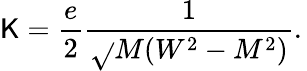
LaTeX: \mathsf{K}={\frac{{e}}{{2}}}{\frac{{1}}{{\sqrt{}{{M(W^{2}-M^{2})}}}}}.\,